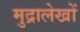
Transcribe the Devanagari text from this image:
मुद्रालेखों